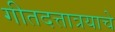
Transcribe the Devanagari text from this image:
गीतदत्तात्रयाचे